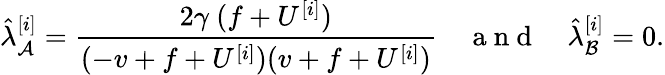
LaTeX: \hat{\lambda}_{\mathcal{A}}^{[i]}=\frac{2\gamma~(f+U^{[i]})}{(-v+f+U^{[i]})(v+f+U^{[i]})}\quad\mathrm{~a~n~d~}\quad\hat{\lambda}_{\mathcal{B}}^{[i]}=0.